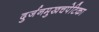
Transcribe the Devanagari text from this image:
दुर्जनमुखचपेटिका